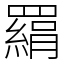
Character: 羂